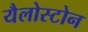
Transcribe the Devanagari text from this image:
यैलोस्टोन